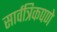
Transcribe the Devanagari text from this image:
सार्वत्रिकपणे